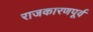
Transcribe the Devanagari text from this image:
राजकारणपूर्व